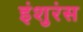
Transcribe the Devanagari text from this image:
इंशुरंस